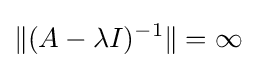
\|(A-\lambda I)^{-1}\|=\infty